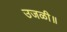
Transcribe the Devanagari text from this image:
उजळी॥